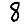
Digit: 8